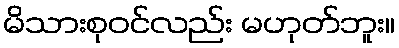
မိသားစုဝင်လည်း မဟုတ်ဘူး။